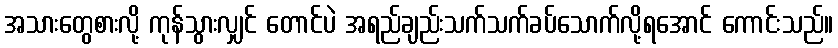
အသားတွေစားလို့ ကုန်သွားလျှင် တောင်ပဲ အရည်ချည်းသက်သက်ခပ်သောက်လို့ရအောင် ကောင်းသည်။